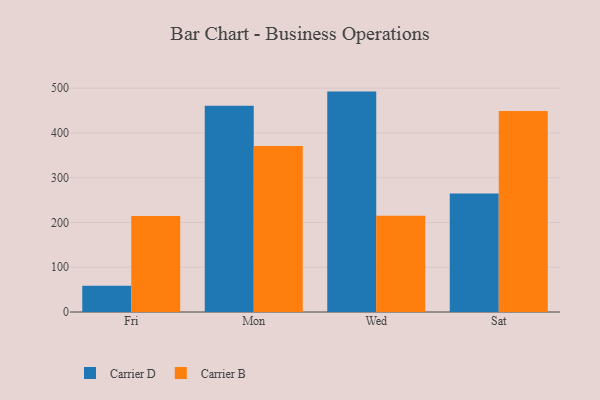
{"axis": {"x": "Day", "y": "Conversion Rate (%)"}, "legend": ["Carrier B", "Carrier D"], "data": [{"x": "Fri", "y": 58.7, "type": "Carrier D"}, {"x": "Fri", "y": 214.4, "type": "Carrier B"}, {"x": "Mon", "y": 460.8, "type": "Carrier D"}, {"x": "Mon", "y": 370.7, "type": "Carrier B"}, {"x": "Wed", "y": 492.3, "type": "Carrier D"}, {"x": "Wed", "y": 215.1, "type": "Carrier B"}, {"x": "Sat", "y": 264.6, "type": "Carrier D"}, {"x": "Sat", "y": 449.0, "type": "Carrier B"}]}